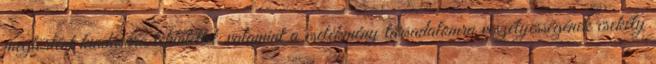
megtörtént kiadására tekintettel, valamint a cselekmény társadalomra veszélyességének csekély